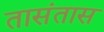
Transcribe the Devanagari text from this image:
तासंतास